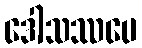
ဒေါသဿပေ